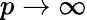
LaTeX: p\to\infty